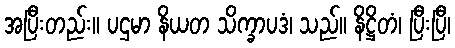
အပြီးတည်း။ ပဌမာ နိယတ သိက္ခာပဒံ၊ သည်။ နိဋ္ဌိတံ၊ ပြီးပြီ၊